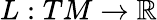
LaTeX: L:TM\to\mathbb{R}